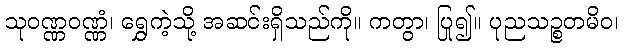
သုဝဏ္ဏဝဏ္ဏံ၊ ရွှေကဲ့သို့ အဆင်းရှိသည်ကို။ ကတွာ၊ ပြု၍။ ပုညသဉ္စတမိဝ၊